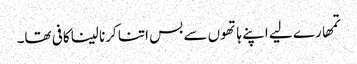
تمھارے لیے اپنے ہاتھوں سے بس اتنا کرنا لینا کافی تھا۔